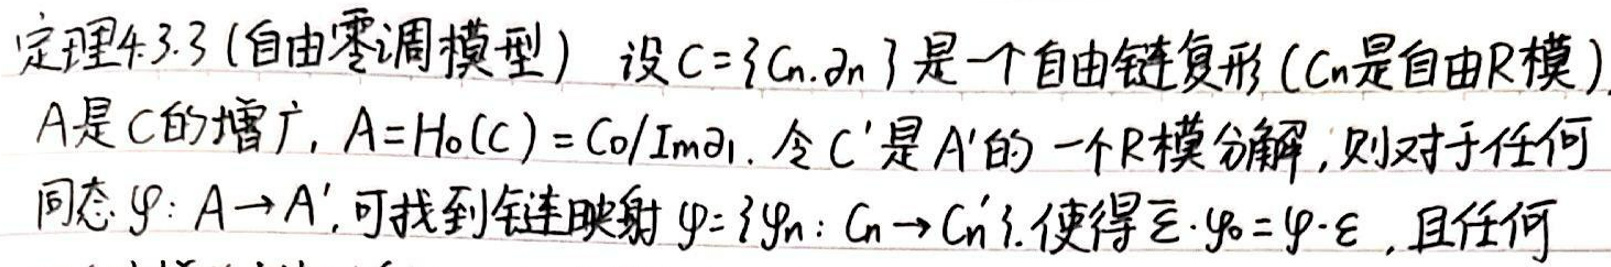
定理4.3.3 (自由零调模型) 设\(  C = \{ C_n, \partial_n \}  \)是一个自由链复形\( ( C_n  \)是自由  R  模),  A  是  C  的增广\(,  A = H_0(C) = C_0 / Im \partial_1 . \)令  C'  是  A'  的一个  R  模分解, 则对于任何同态\(  \varphi: A \to A' , \)可找到链映射\(  \widetilde{\varphi} = \{ \widetilde{\varphi}_n: C_n \to C_n' \} , \)使得\(  \overline{\varepsilon} \cdot \widetilde{\varphi}_0 = \varphi \cdot \varepsilon , \)且任何